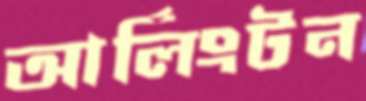
আর্লিংটন